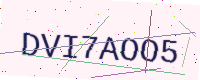
Text: DVI7AOO5